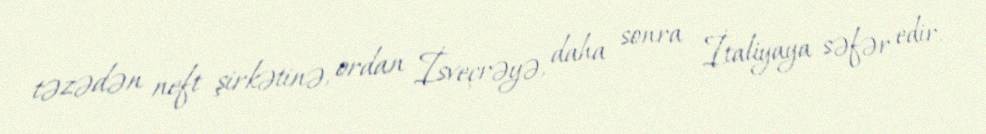
təzədən neft şirkətinə, ordan İsveçrəyə, daha sonra İtaliyaya səfər edir.